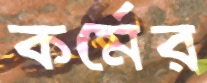
কর্মের